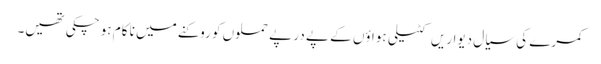
کمرے کی سیال دیواریں کٹیلی ہواؤں کے پے در پے حملوں کو روکنے میں نا کام ہو چکی تھیں۔